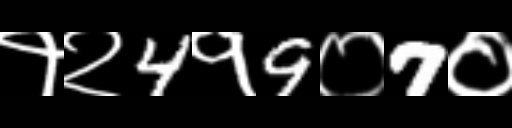
Text: १२4१9०7०